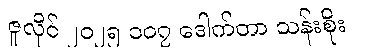
ဇူလိုင် ၂၀၂၅ ၁၀၇ ဒေါက်တာ သန်းစိုး